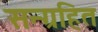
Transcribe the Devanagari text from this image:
सन्ग्रहित